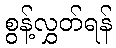
စွန့်လွှတ်ရန်